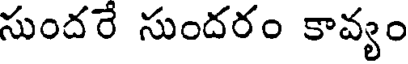
సుందరే సుందరం కావ్యం